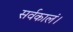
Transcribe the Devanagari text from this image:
सर्वकालं।